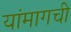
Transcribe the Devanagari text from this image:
यांमागची